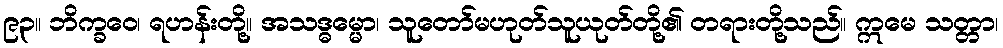
၉၃။ ဘိက္ခဝေ၊ ရဟန်းတို့။ အသဒ္ဓမ္မော၊ သူတော်မဟုတ်သူယုတ်တို့၏ တရားတို့သည်။ ဣမေ သတ္တာ၊